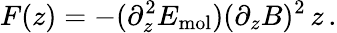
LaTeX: F(z)=-(\partial_{z}^{2}E_{\mathrm{mol}})(\partial_{z}B)^{2}\, z\, .